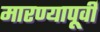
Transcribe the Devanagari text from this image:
मारण्यापूर्वी